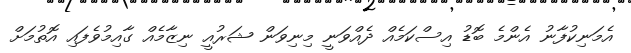
އެމަނިކުފާނު އެންމެ ބޮޑު އިސްކަމެއް ދެއްވަނީ މިނިވަން ޝަރުއީ ނިޒާމެއް ގާއިމުވެފައި އޮތުމަށް